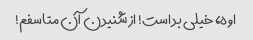
اوه، خیلی بد است! از شنیدن آن متاسفم!